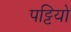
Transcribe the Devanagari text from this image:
पट्टियो